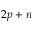
2 p + n